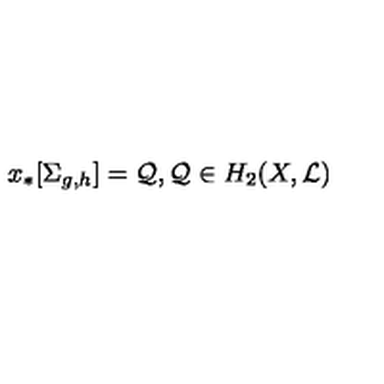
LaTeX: x _ { * } [ \Sigma _ { g , h } ] = { \cal Q } , { \cal Q } \in H _ { 2 } ( X , { \cal L } )